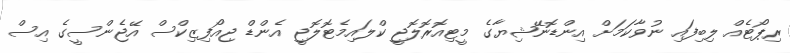
ރިޕޯޓެއް ލިބިފައި ނުވާކަމަށް އިންޑޮނޭޝިޔާގެ މީޓިއޮރޮލޮޖީ ކްލައިމެޓޮލޮޖީ އެންޑް ޖިއޯފިޒިކްސް އޭޖެންސީގެ އިސް